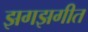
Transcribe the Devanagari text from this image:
झगझगीत